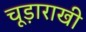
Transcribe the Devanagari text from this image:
चूड़ाराखी